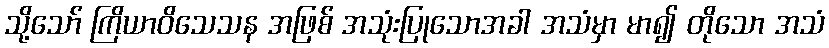
သို့သော် ကြိယာဝိသေသန အဖြစ် အသုံးပြုသောအခါ အသံမှာ မာ၍ တိုသော အသံ